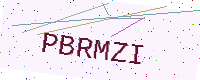
Text: PBRMZI